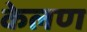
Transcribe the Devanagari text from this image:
केलण